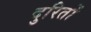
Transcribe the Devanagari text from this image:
दुरितों